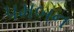
પમબન